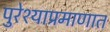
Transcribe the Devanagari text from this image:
पुरेश्याप्रमाणात